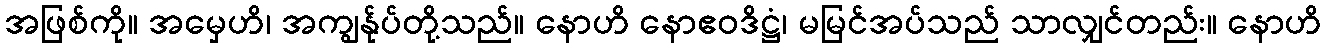
အဖြစ်ကို။ အမှေဟိ၊ အကျွန်ုပ်တို့သည်။ နောဟိ နောဧဝဒိဋ္ဌံ၊ မမြင်အပ်သည် သာလျှင်တည်း။ နောဟိ